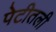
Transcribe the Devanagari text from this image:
पेटीतली